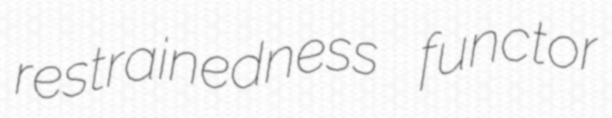
restrainedness functor